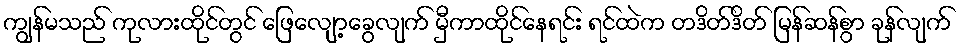
ကျွန်မသည် ကုလားထိုင်တွင် ဖြေလျော့ခွေလျက် မှီကာထိုင်နေရင်း ရင်ထဲက တဒိတ်ဒိတ် မြန်ဆန်စွာ ခုန်လျက်